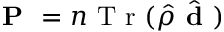
\textbf { P } = n \mathrm { ~ T ~ r ~ } ( \hat { \rho } \hat { \textbf { d } } )